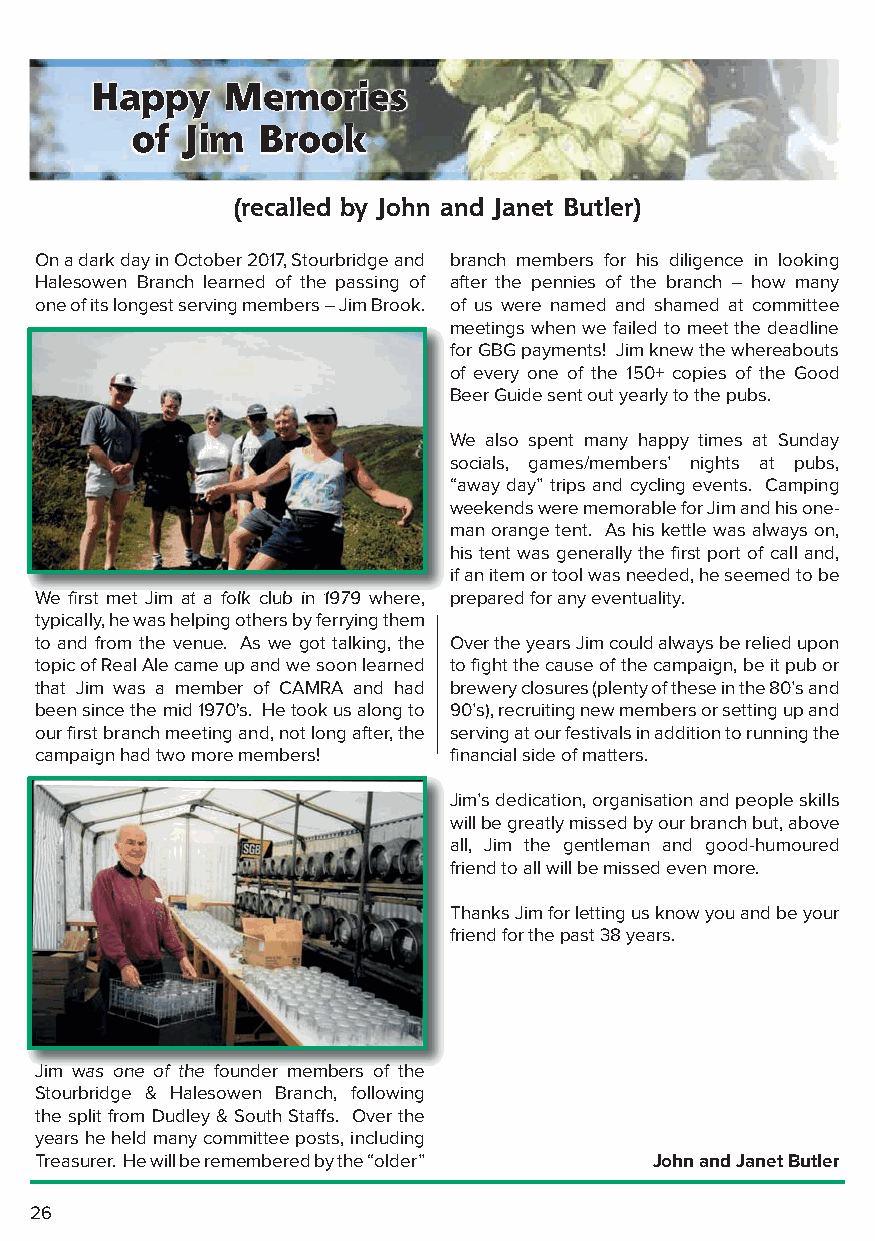
Happy    Memories
 of Jim  Brook
 (recalled by John and Janet Butler)
 On a dark day in October 2017, Stourbridge and branch members for his diligence in looking
 Halesowen Branch learned of the passing of after the pennies of the branch – how many
 one of its longest serving members – Jim Brook. of us were named and shamed at committee
 meetings when we failed to meet the deadline
 for GBG payments! Jim knew the whereabouts
 of every one of the 150+ copies of the Good
 Beer Guide sent out yearly to the pubs.
 We also spent many happy times at Sunday
 socials, games/members’ nights at pubs,
 “away day” trips and cycling events. Camping
 weekends were memorable for Jim and his one-
 man orange tent. As his kettle was always on,
 his tent was generally the first port of call and,
 if an item or tool was needed, he seemed to be
 WWe fifirstt mett JJiim att a ffollkk cllubb iin 11997799 whhere, prepared for any eventuality.
 typically, he was helping others by ferrying them
 to and from the venue. As we got talking, the Over the years Jim could always be relied upon
 topic of Real Ale came up and we soon learned to fight the cause of the campaign, be it pub or
 that Jim was a member of CAMRA and had brewery closures (plenty of these in the 80’s and
 been since the mid 1970's. He took us along to 90’s), recruiting new members or setting up and
 our first branch meeting and, not long after, the serving at our festivals in addition to running the
 campaign had two more members! financial side of matters.
 Jim’s dedication, organisation and people skills
 will be greatly missed by our branch but, above
 all, Jim the gentleman and good-humoured
 friend to all will be missed even more.
 Thanks Jim for letting us know you and be your
 friend for the past 38 years.
 JJiimm wwaass oonnee ooff tthhee ffoouunnddeerr mmeemmbbeerrss ooff tthhee
 Stourbridge & Halesowen Branch, following
 the split from Dudley & South Staffs. Over the
 years he held many committee posts, including
 Treasurer. He will be remembered by the “older” John and Janet Butler
 26